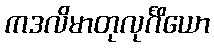
ကဒလိမာတုလုင်္ဂိယော